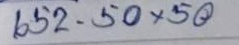
652 - 50 x 50